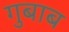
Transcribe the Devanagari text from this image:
गुबाब